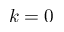
k = 0